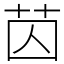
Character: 苬